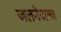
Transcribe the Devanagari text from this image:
जलनेवाला